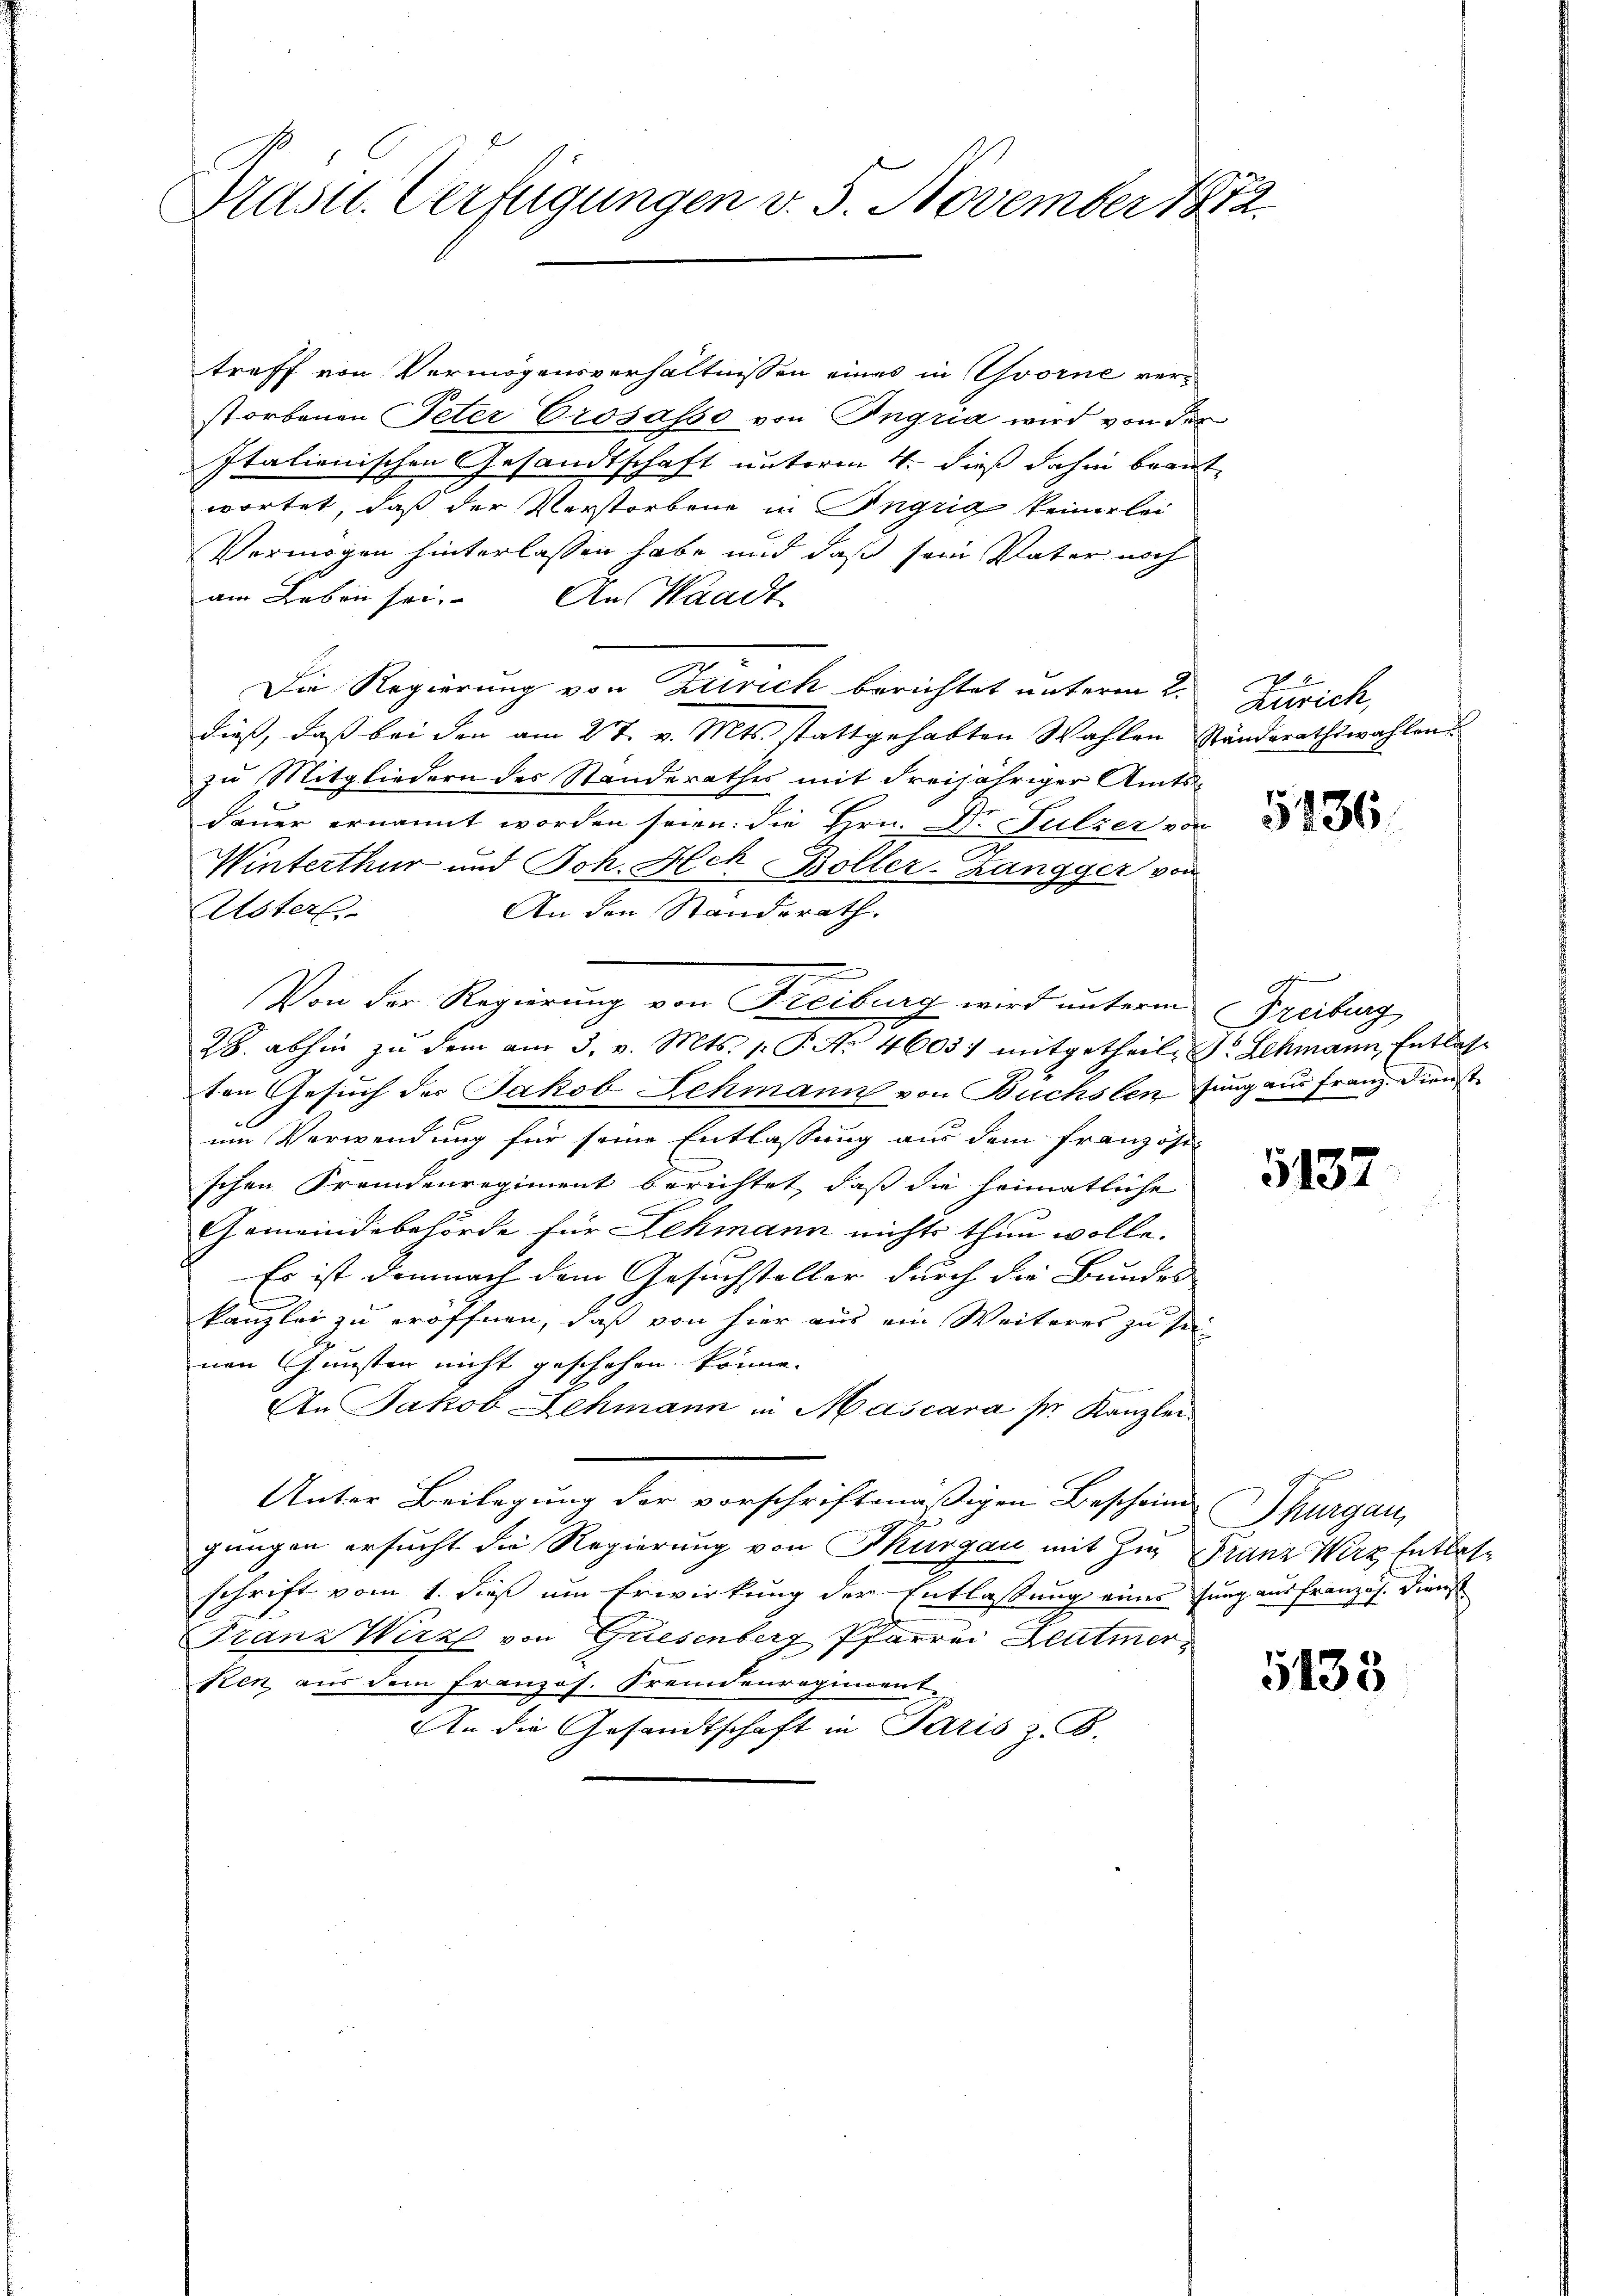
Prastl. Verfügungen v. 5. November 1872

treff von Vermögensverhältnissen eines in Yvorne verstorbenen Peter Crosasso von Ingria wird von der
Italienischen Gesandtschaft unterm 4. dieß dahin beantwortet, daß der Verstorbene in Ingrig keinerlei
Vermögen hinterlassen habe und daß sein Vater noch
am Leben sei. Aus Waadt
Die Regierung von Zürich berichtet unterm 2.
dieß, daß bei den am 27. v. Mts. stattgehabten Wahlen Ständerathswahlen
zu Mitgliedern des Standerathes mit dreijähriger Amtsdauer ernannt worden seien: die Hrn. Dr Sulzer von
Winterthur und Joh. Ach Boller-Zangger von
An den Standsrath.
Usters
1
3
Von der Regierung von Freiburg wird unterm Freiburg
28. abhin zŭ dem am 3. v. Mts. 1. P. Nr. 4605) mitgetheile dr Schmann Entlas-
ten Gesuch des Jakob Lehmann von Buchsten Jung aus Franz. Dienst
um Verwendung für seine Entlassung aus dem französi-
schen Fremdenregiment berichtet, daß die heimatliche
Gemeindebehörde für Lehmann nichts thun wolle.
Es ist demnach dem Gesuchsteller durch die Bundes
kanzlei zu eröffnen, daß von hier aus ein Weiteres zu sei-
nen Gunsten nicht geschehen könne.
An Jakob Lehmann in Mascara pr. Kanzlei.
Unter Beilegung der vorschriftmäßigen Beschein Thurgau,
A
gungen ersucht die Regierung von Thurgau mit Zur Franz Wirz Entlasschrift vom 1. dieß um Erwirkung der Entlassung eines sung aus französ. Dienst
Franz Wirz von Griesenberg Pfarrer Deutmer
Pen aus dem franzos. Fremdenregiment.
An die Gesandtschaft in Paris z. B.

Zürich,

5436

5137

5138